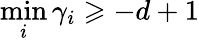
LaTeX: \operatorname*{min}_{i}\gamma_{i}\geqslant-d+1